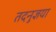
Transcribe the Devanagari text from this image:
तदनुज्ञया